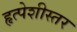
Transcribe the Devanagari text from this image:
हृत्पेशीस्तर